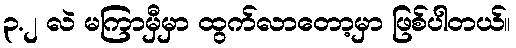
၃.၂ လဲ မကြာမှီမှာ ထွက်လာတော့မှာ ဖြစ်ပါတယ်။